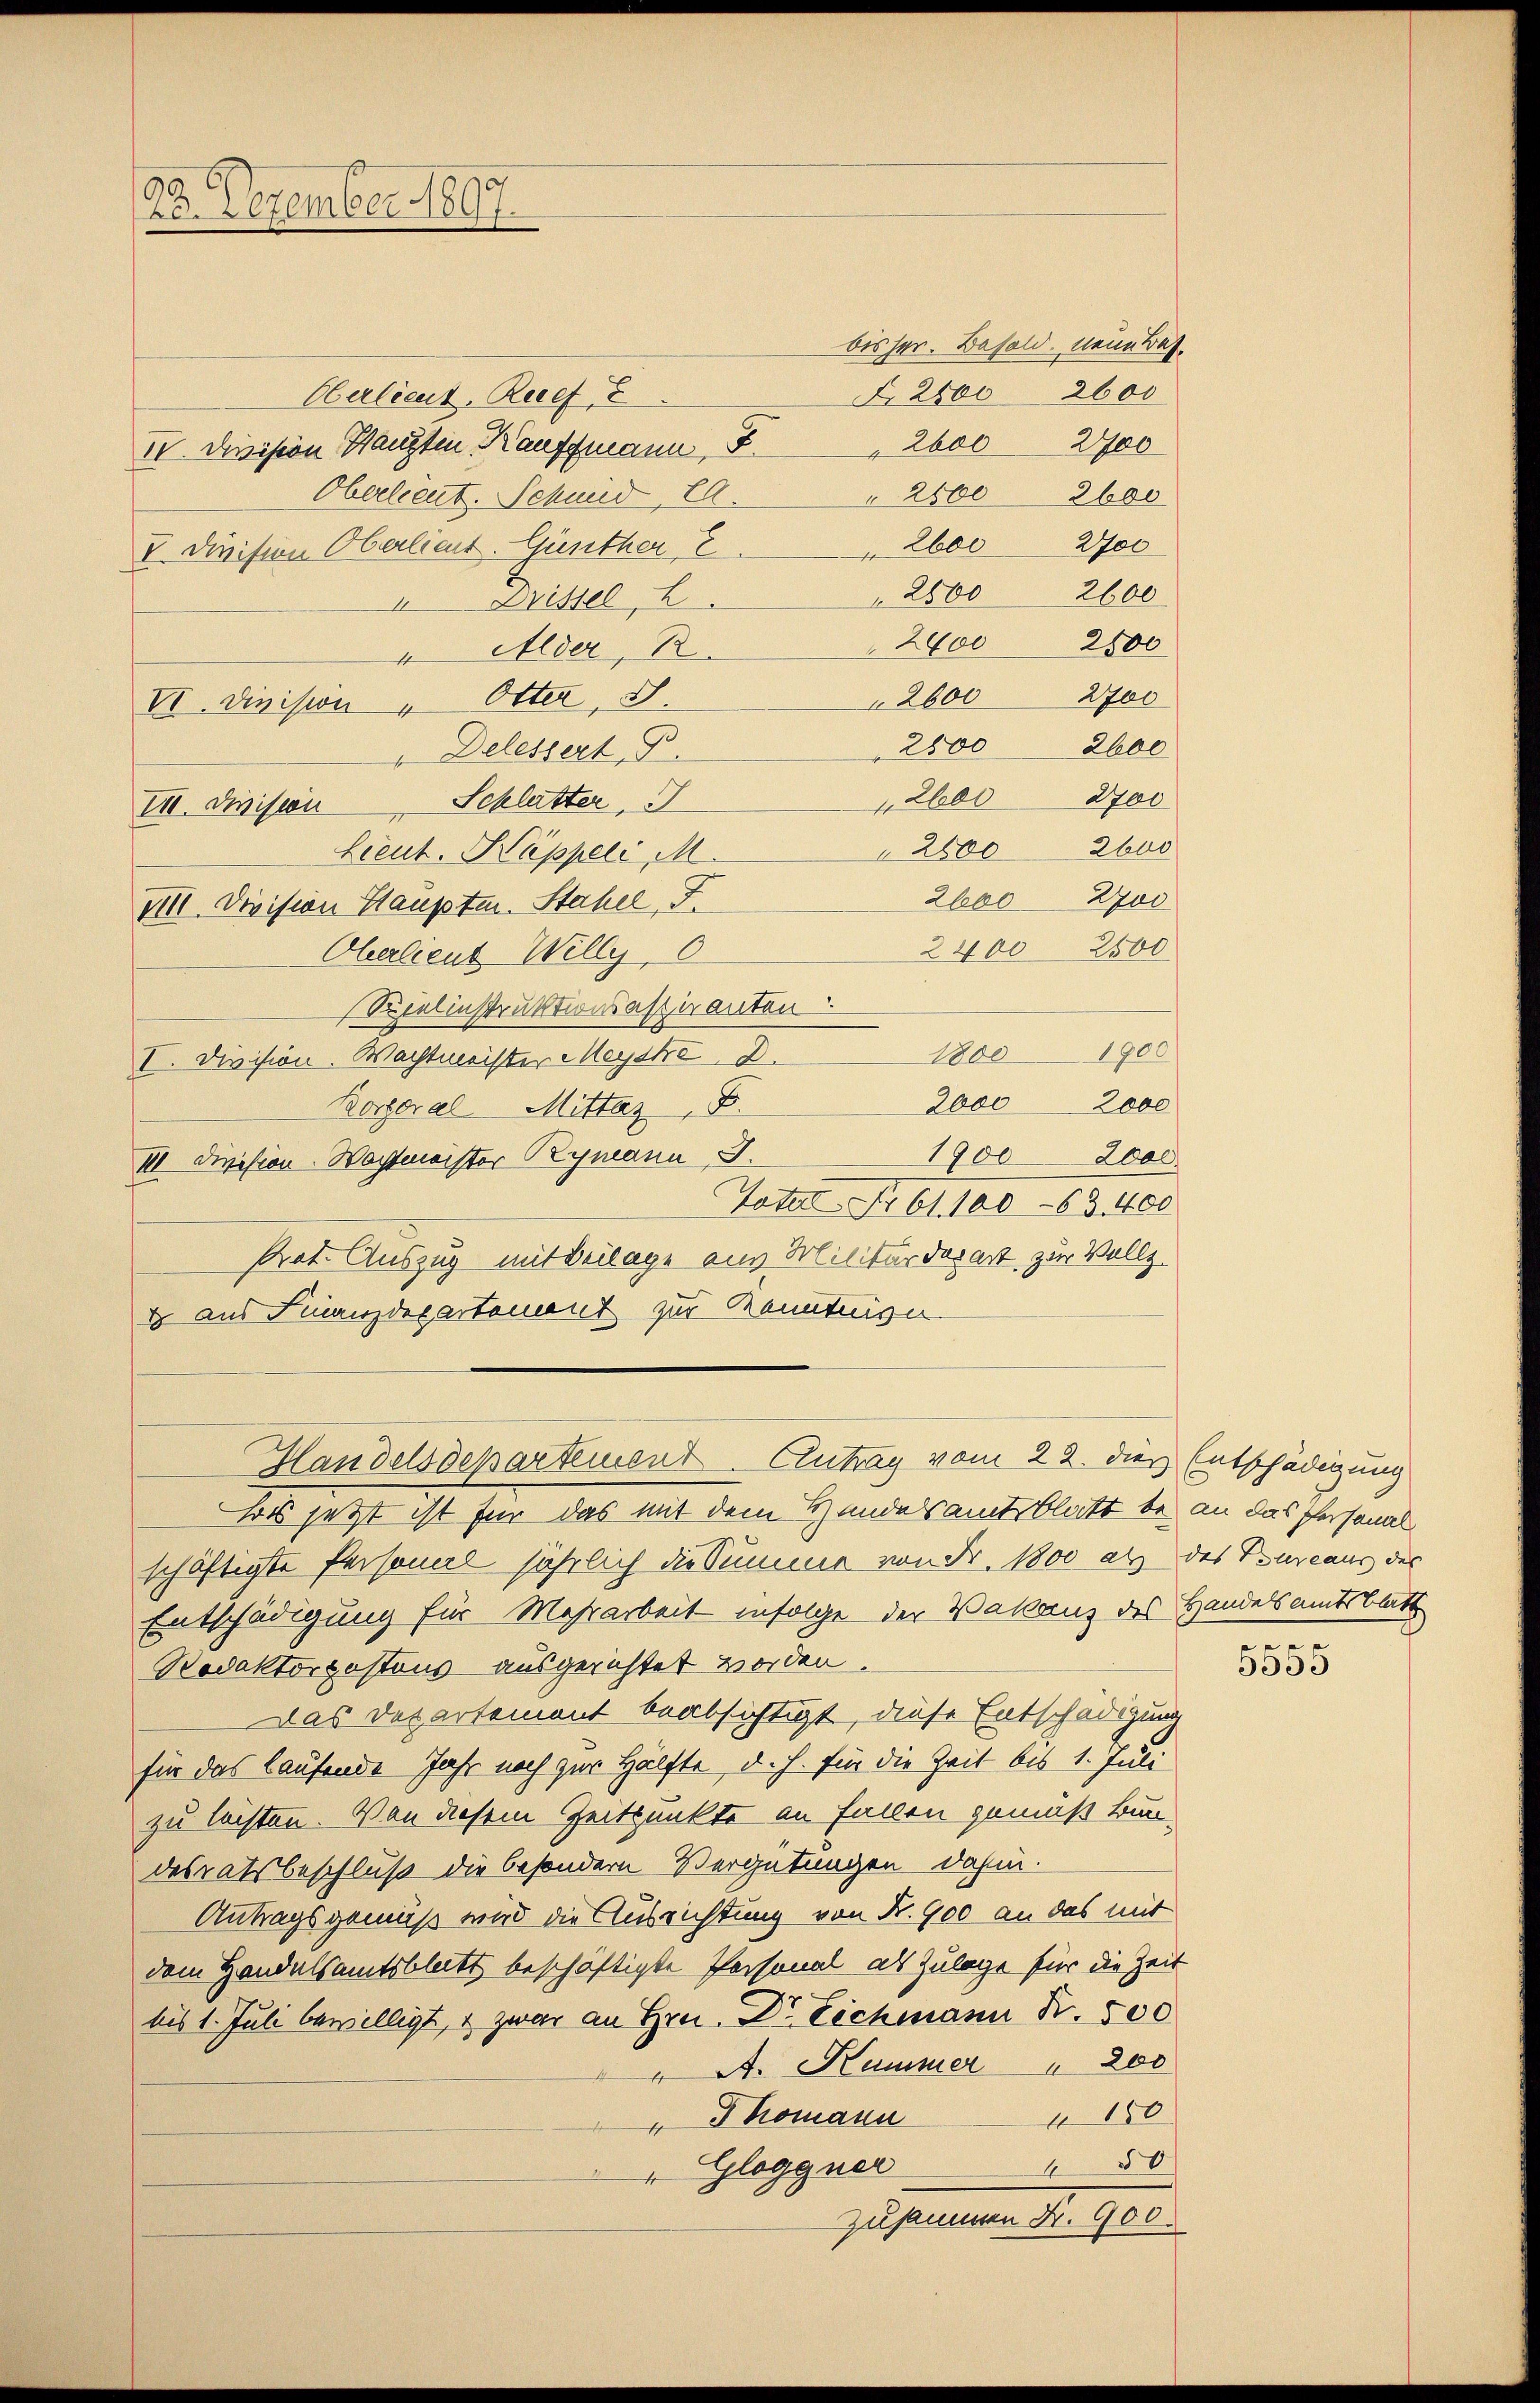
22. Dezember 1897.

bisher. Besold. neue Bat.

N 2800
Oberlieut. Ruef E
I. Disssion Haupten Kauffmann, S. 2600 2700
Oberlieut. Schmid, E.
" 2500 2600
" 2600 Woc
V. Division Oberlieut. Günther E
 2800 2600
u Drissel, 2
2700 2500
4 Alder, 1
2600 2700
VI. Division " Otter, S.
2800 2600
" Delessert P.
2600 2700
Schlutter
II. Division
2800 2buo
Lieut. Kappeli M.
2oo Zoo
VIII. Division Haupten. Stahel, F
2400 2500
Oberlieut Willy, 0
Spielinstruktionsastiranten
1800 1900
I. Division. Wachtmeister Meydke 2.
2600 2000
Korporal Mittag 8.
1900 2000
III Division Wachtmeister Bymann J.
Toter Nr 61. 100-63. 400
Rat. Auszug mit Beilage aus Militärdepart zur Vollz
d aus Finanzdepartement zur Kenntnisn
Handelsdepartement. Clutrag vom 22. dies Entschädigung
hass jetzt ist für das mit dem Handelsamtsblatt be an das Personal
schäftigte Personal jährlich die Summe von Fr. 1800 alz des Bureaus der
Entschädigung für Mehrarbeit infolge der Vakanz des Handelsamtsblatt
Nodaktorpostous ausgerichtet worden.
Das Departement beabsichtigt, diese Entschädigung
für das laufende Jahr noch zur Hälfte, d. h. für die Zeit bis 1. Juli
zu leisten. Von diesem Zeitpunkte an Fallen gemäß Bun-
desratsbeschluß die besondern Vergütungen dahin.
Antragsgemäß wird die Ausrichtung von Fr. 900 an das mit
dem Handelsamtsblickt beschäftigte Personal als Zulage für die Zeit
bis 1. Juli bewilligt, & zwar an Hrn. Dr. Eichmann N. 500
A. Kammer  "  200
4150
 Thomann
50
" Gloggner
Zusammen Nr. 900.

2600

.

5555